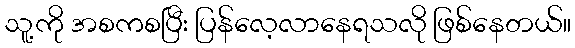
သူ့ကို အစကစပြီး ပြန်လေ့လာနေရသလို ဖြစ်နေတယ်။